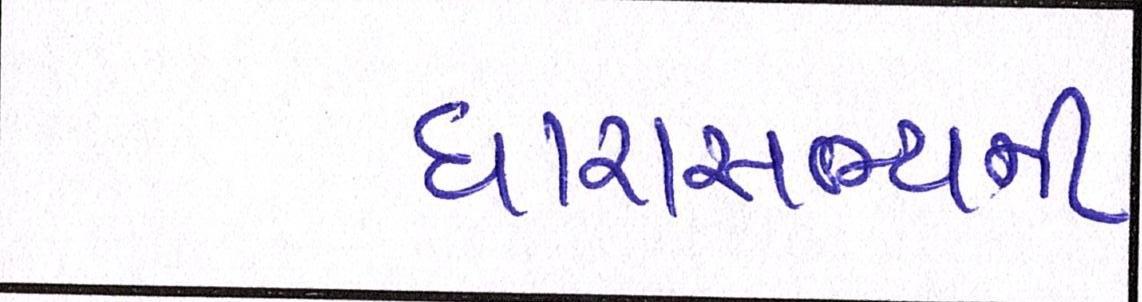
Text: ધારાસભ્યની